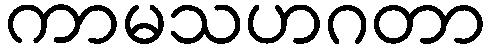
ကာမသဟဂတာ